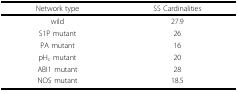
<table><thead><tr><td><b>Network type</b></td><td><b>SS Cardinalities</b></td></tr></thead><tbody><tr><td>wild</td><td>27.9</td></tr><tr><td>S1P mutant</td><td>26</td></tr><tr><td>PA mutant</td><td>16</td></tr><tr><td>pH<sub>c</sub> mutant</td><td>20</td></tr><tr><td>ABI1 mutant</td><td>28</td></tr><tr><td>NOS mutant</td><td>18.5</td></tr></tbody></table>